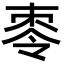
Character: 𪲕